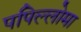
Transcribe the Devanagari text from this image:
पपिल्लोमा